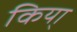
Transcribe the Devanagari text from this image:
किया्